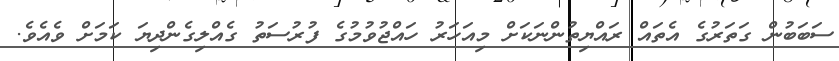
ސަބަބުން ގަތަރުގެ އެތައް ރައްޔިތުންނަކަށް މިއަހަރު ހައްޖުވުމުގެ ފުރުސަތު ގެއްލިގެންދިޔަ ކަމަށް ވެއެވެ.